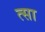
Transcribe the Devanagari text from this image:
त्सा